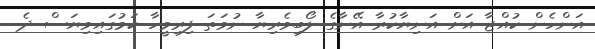
އަންހެން ކުއްޖާ އަށް އަނިޔާކުރާ އޭނާގެ ލޯބިވެރިޔާ ނުވަތަ ފިރިމީހާ ކަމުގައިވިޔަސް ދެ